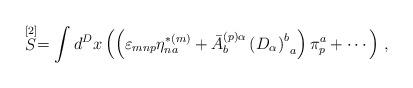
LaTeX: \begin{align*}\stackrel{\lbrack 2]}{S}=\int d^{D}x\left( \left( \varepsilon _{mnp}\eta_{na}^{*(m)}+\bar{A}_{b}^{(p)\alpha }\left( D_{\alpha }\right)_{\;\;a}^{b}\right) \pi _{p}^{a}+\cdots \right) \,,\end{align*}